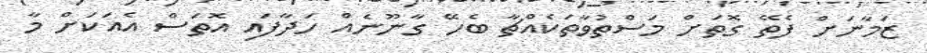
ޒަމާނަށް ފެތޭ ގޮތަށް މަސްތުވާތަކެއްޗާ ބެހޭ ގާނޫނެއް ހަދާފައި އޮތަސް އެއަކަށް މާ